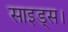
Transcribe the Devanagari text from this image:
साइड्स।